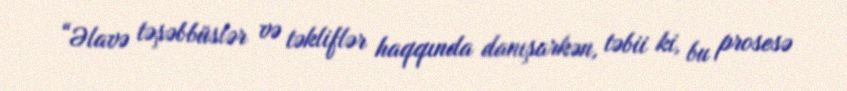
“Əlavə təşəbbüslər və təkliflər haqqında danışarkən, təbii ki, bu prosesə